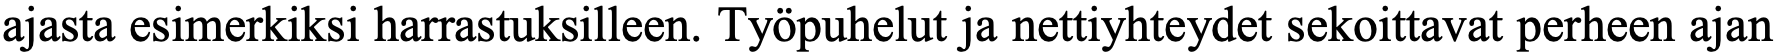
ajasta esimerkiksi harrastuksilleen. Työpuhelut ja nettiyhteydet sekoittavat perheen ajan